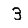
Digit: 3